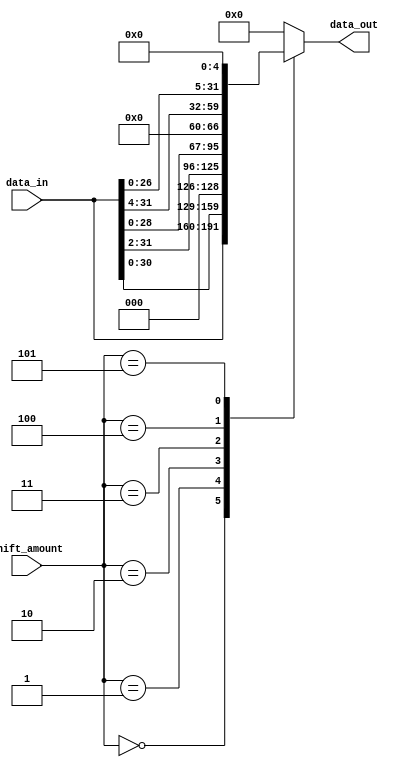
module barrel_shifter (
    input [31:0] data_in,
    input [4:0] shift_amount,
    output reg [31:0] data_out
);

// Define each node in the binary tree as an arithmetic block
reg [31:0] node0_out, node1_out, node2_out, node3_out, node4_out;

// Node 0 - shift left by 1 bit
assign node0_out = data_in << 1;

// Node 1 - shift right by 2 bits
assign node1_out = data_in >> 2;

// Node 2 - shift left by 3 bits
assign node2_out = data_in << 3;

// Node 3 - shift right by 4 bits
assign node3_out = data_in >> 4;

// Node 4 - shift left by 5 bits
assign node4_out = data_in << 5;

always @(*)
begin
    // Combine the shifted data from all nodes to produce the final shifted result
    case(shift_amount)
        5'b00000: data_out = data_in;
        5'b00001: data_out = node0_out;
        5'b00010: data_out = node1_out;
        5'b00011: data_out = node2_out;
        5'b00100: data_out = node3_out;
        5'b00101: data_out = node4_out;
        default: data_out = 32'b0;
    endcase
end

endmodule